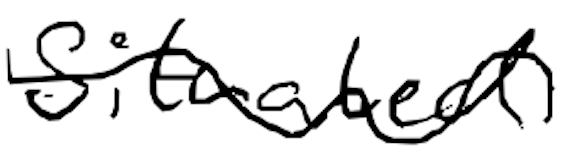
Text: situated.
Cross-out: wave
Writing tool: digital_black